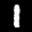
Label: 1